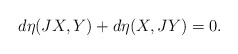
\begin{align*} d\eta(JX,Y)+d\eta(X,JY)=0.\end{align*}